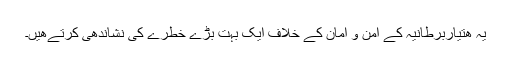
يہ ھتياربرطانيہ کے امن و امان کے خلاف ايک بہت بڑے خطرے کی نشاندھی کرتےھيں۔